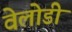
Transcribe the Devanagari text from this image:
वेलोडी